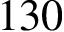
1 3 0